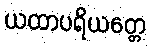
ယထာပရိယတ္တေ